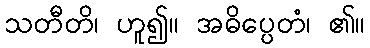
သတီတိ၊ ဟူ၍။ အဓိပ္ပေတံ၊ ၏။